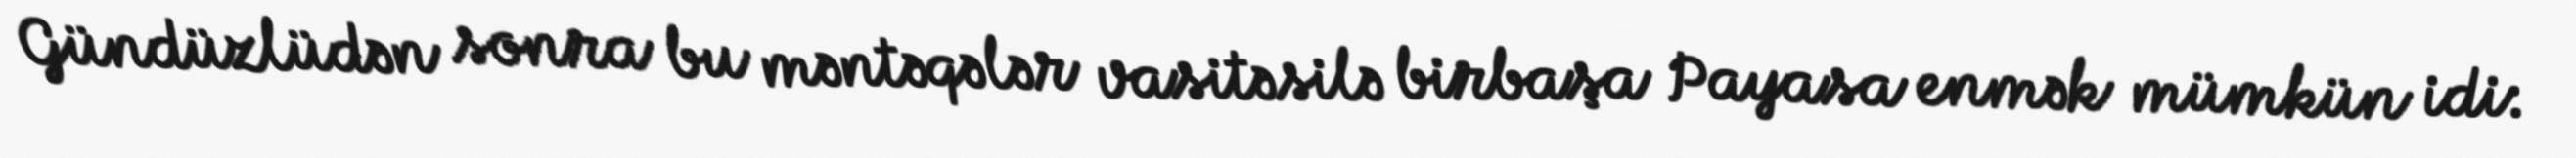
Gündüzlüdən sonra bu məntəqələr vasitəsilə birbaşa Payasa enmək mümkün idi: